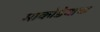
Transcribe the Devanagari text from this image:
माकोडेयाचा